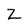
Character: Z